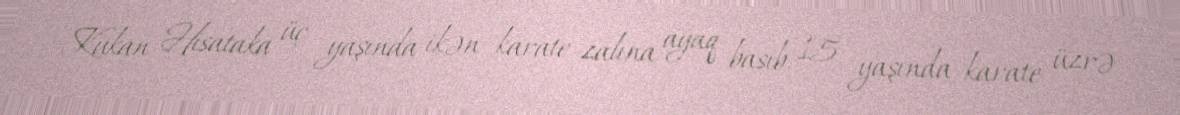
Kukan Hisataka üç yaşında ikən karate zalına ayaq basıb, 15 yaşında karate üzrə